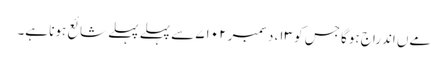
مےں اندراج ہوگا جس کو ۱۳، دسمبر ۷۱۰۲ سے پہلے پہلے شائع ہونا ہے۔